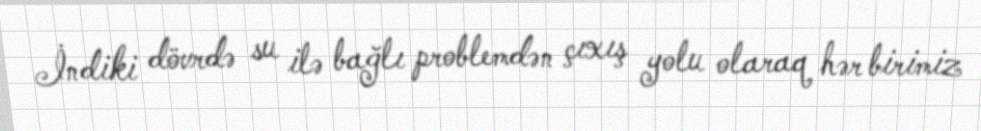
İndiki dövrdə su ilə bağlı problemdən çıxış yolu olaraq hər birimiz